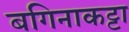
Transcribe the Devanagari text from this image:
बगिनाकट्टा